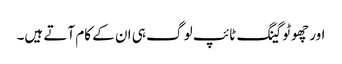
اور چھوٹو گینگ ٹائپ لو گ ہی ان کے کام آتے ہیں۔